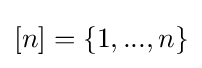
[n]=\{1,...,n\}